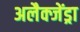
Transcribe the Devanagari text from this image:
अलैक्जेंड्रा